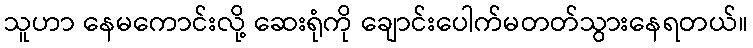
သူဟာ နေမကောင်းလို့ ဆေးရုံကို ချောင်းပေါက်မတတ်သွားနေရတယ်။